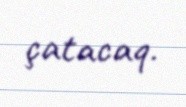
çatacaq.